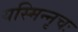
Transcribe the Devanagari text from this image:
यस्मिन्नृचः